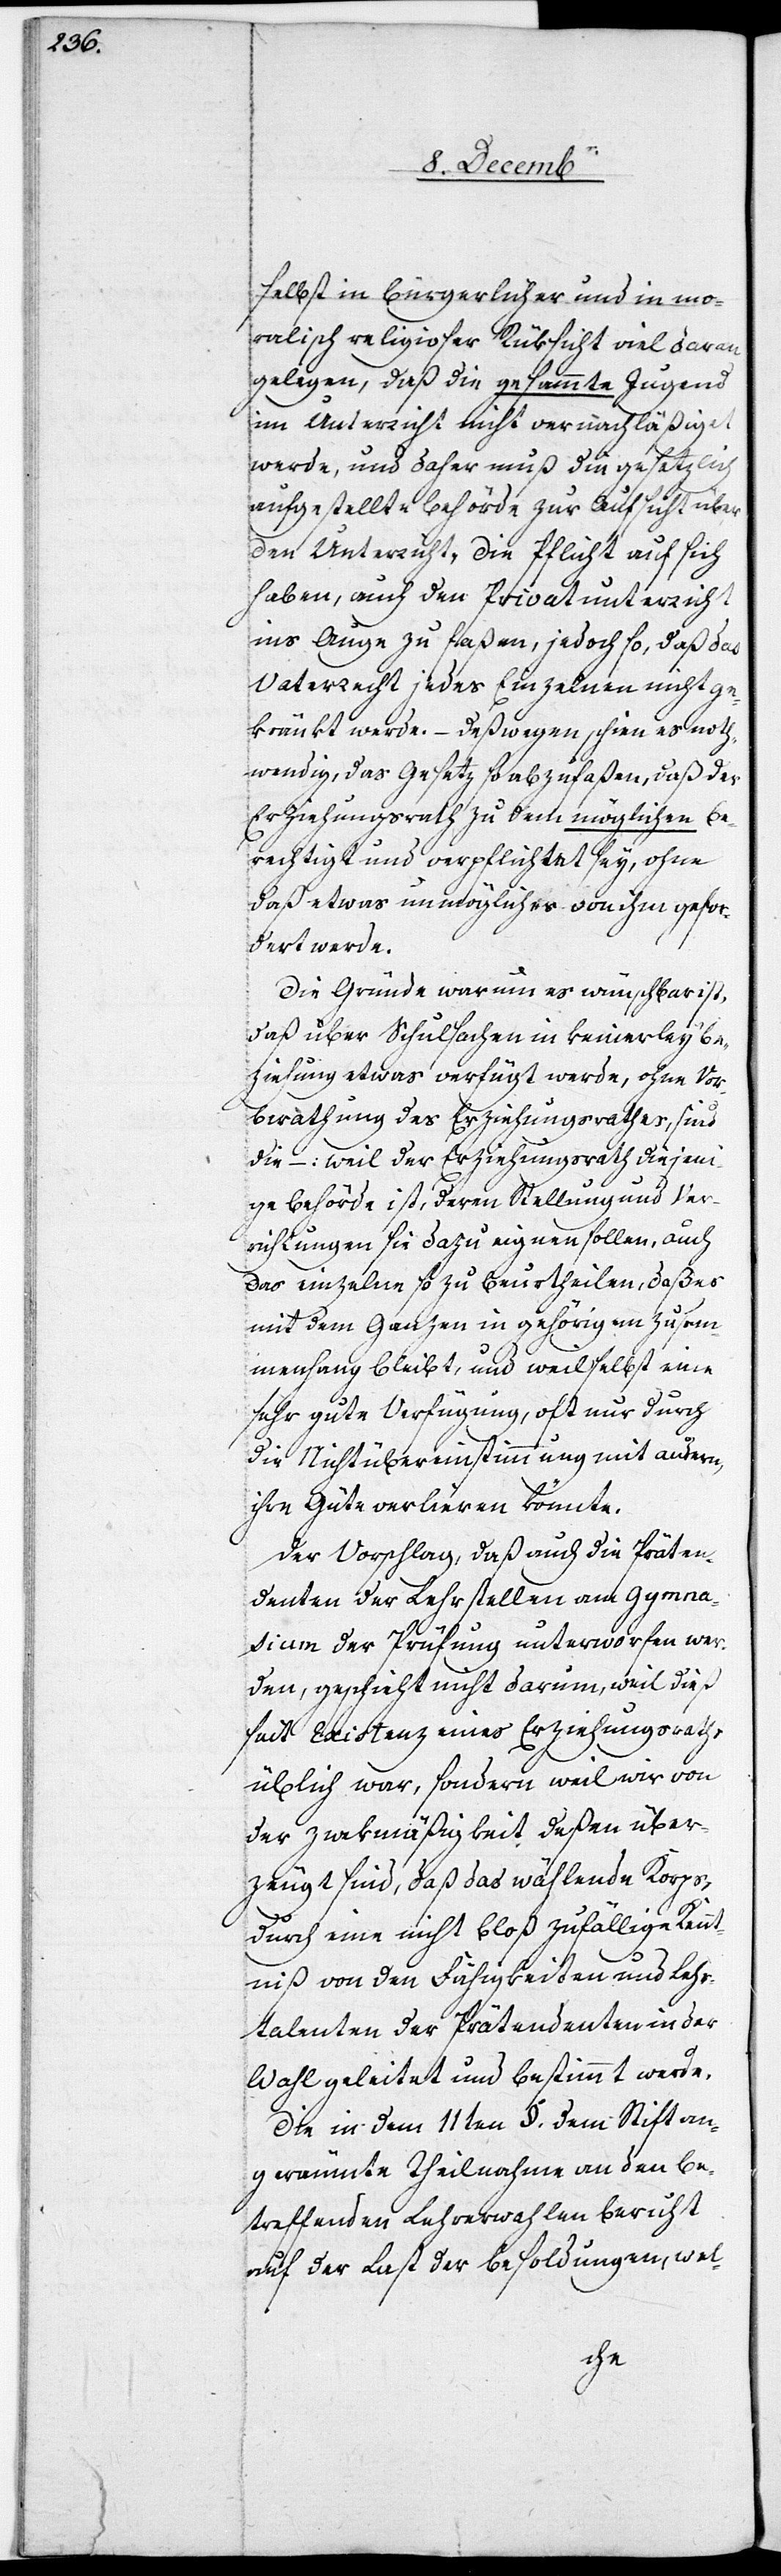
selbst in bürgerlicher und in mo¬
ralisch[-]religioser Rüksicht viel daran
gelegen, daß die gesammte Jugend
im Unterricht nicht vernachläßiget
werde, und daher muß die gesetzlich
aufgestellte Behörde zur Aufsicht über
den Unterricht, die Pflicht auf sich
haben, auch den Privatunterricht
ins Auge zu faßen, jedoch so, daß das
Vaterrecht jedes Einzelnen nicht ge¬
trübt werde. – Deßwegen schien es noth¬
wendig, das Gesetz so abzufaßen, daß der
Erziehungsrath zu dem möglichen be¬
rechtigt und verpflichtet sey, ohne
daß etwas unmögliches von ihm gefor¬
dert werde.
Die Gründe warum es wünschbar ist,
daß über Schulsachen in keinerley Be¬
ziehung etwas verfügt werde, ohne Vor¬
berathung des Erziehungsrathes, sind
die –: weil der Erziehungsrath diejen¬
ige Behörde ist, deren Stellung und Ver¬
richtungen sie dazu eignen sollen, auch
das einzelne so zu beurtheilen, daß es
mit dem Ganzen in gehörigem Zusam¬
menhang bleibt, und weil selbst eine
sehr gute Verfügung, oft nur durch
die Nichtübereinstimmung mit andern,
ihre Güte verlieren könnte.
Der Vorschlag, daß auch die Präten¬
denten der Lehrstellen am Gymna¬
sium der Prüfung unterworfen wer¬
den, geschieht nicht darum, weil dieß
seit Existenz eines Erziehungsraths
üblich war, sondern weil wir von
der Zwekmäßigkeit deßen über¬
zeugt sind, daß das wählende Korps,
durch eine nicht bloß zufällige Kennt¬
niß von den Fähigkeiten und Lehr¬
talenten der Prätendenten in der
Wahl geleitet und bestimmt werde.
Die in dem 11ten §. dem Stift an¬
geräumte Theilnahme an den be¬
treffenden Lehrerwahlen beruht
auf der Last der Besoldungen, wel-